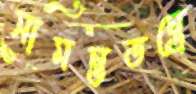
সামন্ততন্ত্রে